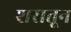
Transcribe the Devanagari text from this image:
शरातून